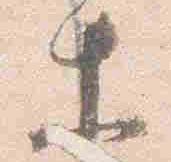
等